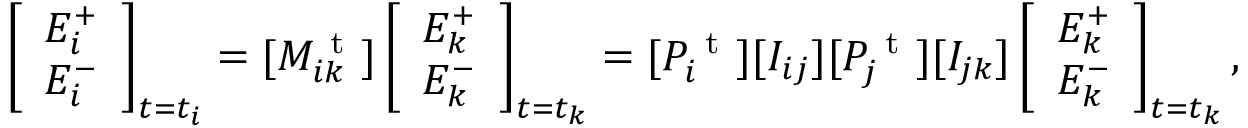
\left[ \begin{array} { l } { E _ { i } ^ { + } } \\ { E _ { i } ^ { - } } \end{array} \right] _ { t = t _ { i } } = [ M _ { i k } ^ { \mathrm { ~ t ~ } } ] \left[ \begin{array} { l } { E _ { k } ^ { + } } \\ { E _ { k } ^ { - } } \end{array} \right] _ { t = t _ { k } } = [ P _ { i } ^ { \mathrm { ~ t ~ } } ] [ I _ { i j } ] [ P _ { j } ^ { \mathrm { ~ t ~ } } ] [ I _ { j k } ] \left[ \begin{array} { l } { E _ { k } ^ { + } } \\ { E _ { k } ^ { - } } \end{array} \right] _ { t = t _ { k } } ,